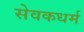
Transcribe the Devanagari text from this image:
सेवकधर्म